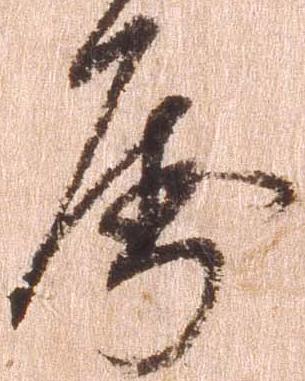
属